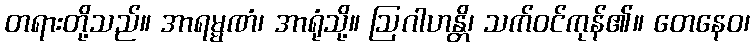
တရားတို့သည်။ အာရမ္မဏံ၊ အာရုံသို့။ ဩဂါဟန္တိ၊ သက်ဝင်ကုန်၏။ တေနေဝ၊